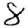
Digit: 8